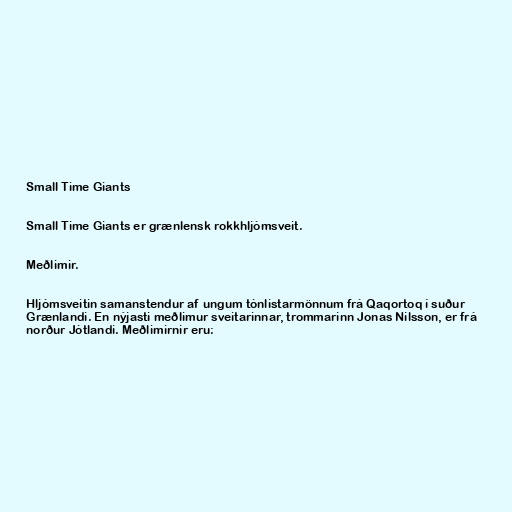
Small Time Giants

Small Time Giants er grænlensk rokkhljómsveit.

Meðlimir.

Hljómsveitin samanstendur af ungum tónlistarmönnum frá Qaqortoq í suður
Grænlandi. En nýjasti meðlimur sveitarinnar, trommarinn Jonas Nilsson, er frá
norður Jótlandi. Meðlimirnir eru: